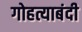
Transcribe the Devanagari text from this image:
गोहत्याबंदी